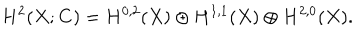
H ^ { 2 } ( X ; { \bf C } ) = H ^ { 0 , 2 } ( X ) \oplus H ^ { 1 , 1 } ( X ) \oplus H ^ { 2 , 0 } ( X ) .